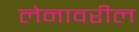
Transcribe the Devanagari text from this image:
लेनावरील